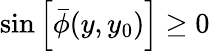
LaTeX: \sin\left[\bar{\phi}(y,y_{0})\right]\ge 0